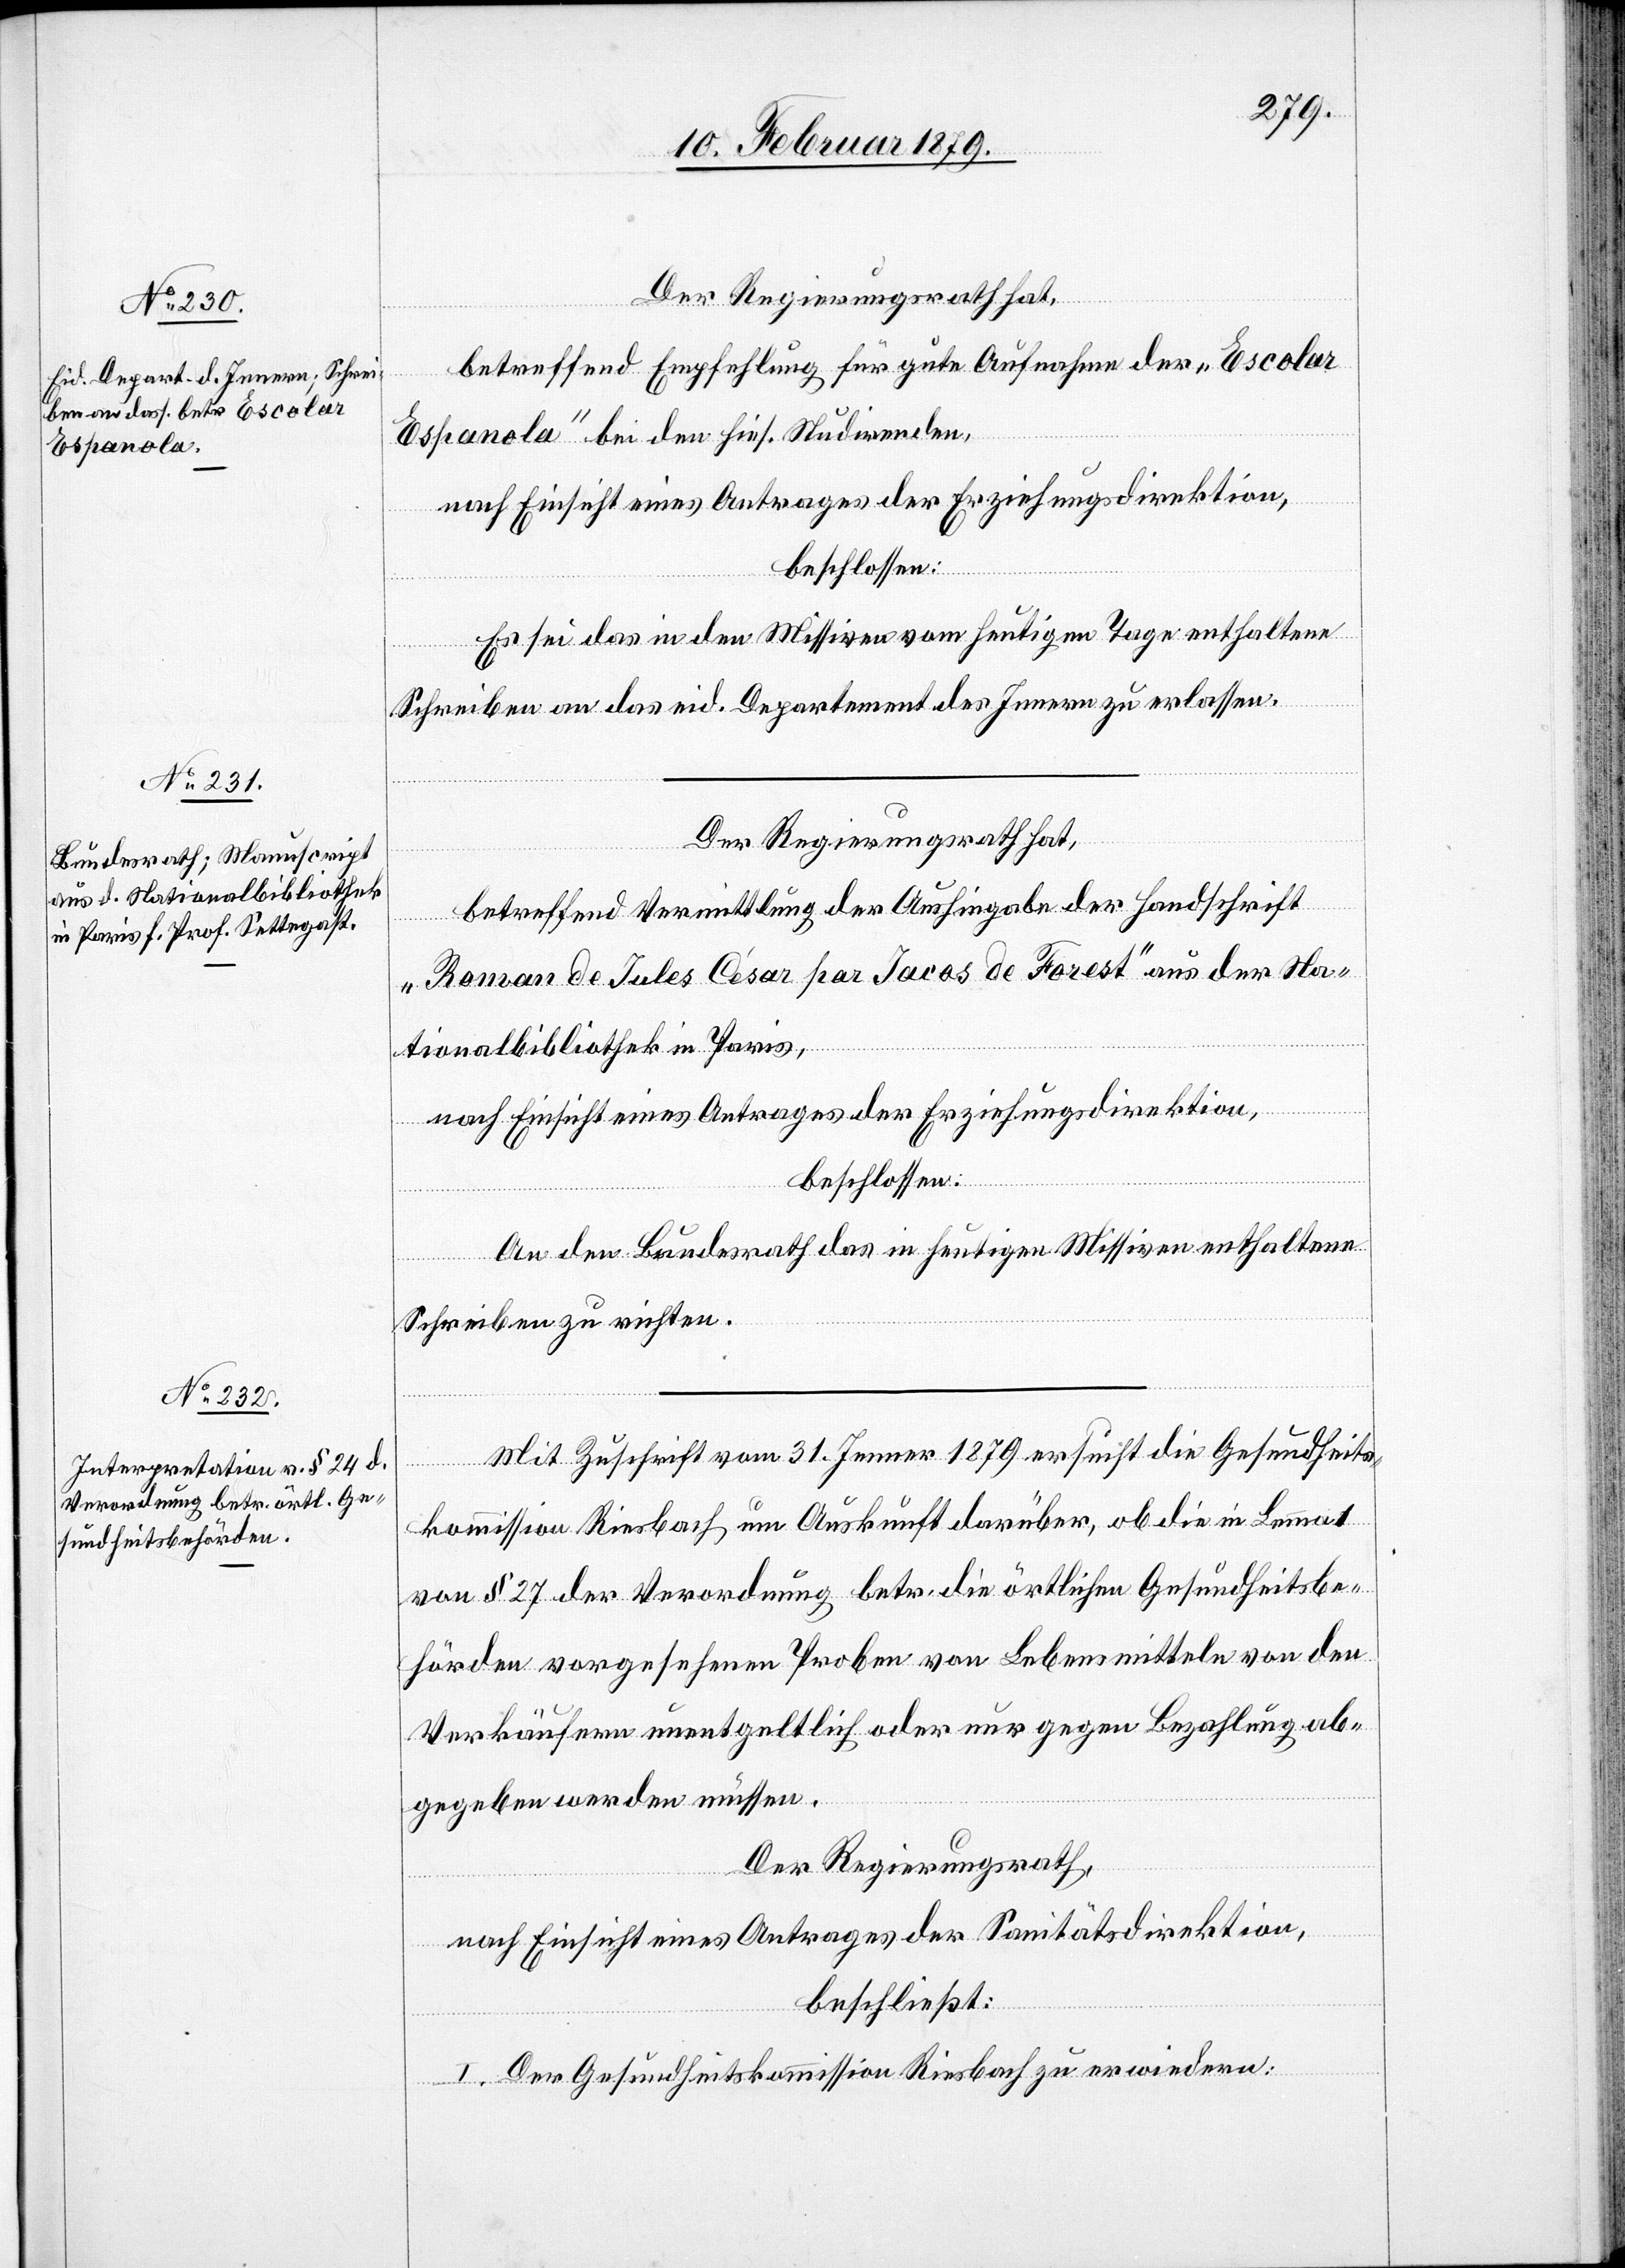
Der Regierungsrath hat,
betreffend Empfehlung für gute Aufnahme der „Escolar
Espanola“ bei den hies. Studirenden,
nach Einsicht eines Antrages der Erziehungsdirektion,
beschlossen:
Es sei das in den Missiven vom heutigen Tage enthaltene
Schreiben an das eid. Departement des Innern zu erlassen.
Der Regierungsrath hat,
betreffend Vermittlung der Aushingabe der Handschrift
„Roman de Jules César par Jacos de Forest“ aus der Na¬
tionalbibliothek in Paris,
nach Einsicht eines Antrages der Erziehungsdirektion,
beschlossen:
An den Bundesrath das in heutigen Missiven enthaltene
Schreiben zu richten.
Mit Zuschrift vom 31. Jenner 1879 ersucht die Gesundheits¬
kommission Riesbach um Auskunft darüber, ob die in Lemma 1
von § 27 [sic!] der Verordnung betr. die örtlichen Gesundheitsbe¬
hörden vorgesehenen Proben von Lebensmitteln von den
Verkäufern unentgeltlich oder nur gegen Bezahlung ab¬
gegeben werden müssen.
Der Regierungsrath,
nach Einsicht eines Antrages der Sanitätsdirektion,
beschließt:
I. Der Gesundheitskommission Riesbach zu erwiedern: